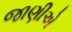
જાણીએ